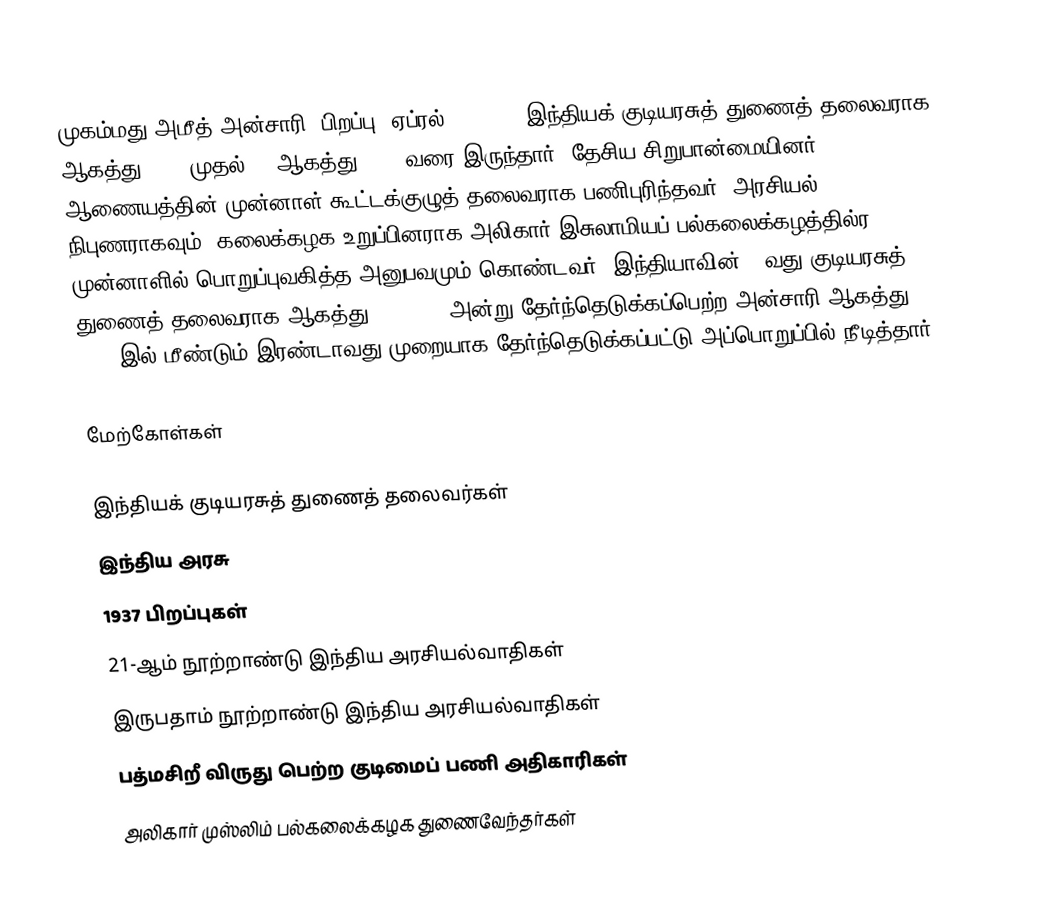
முகம்மது அமீத் அன்சாரி (பிறப்பு: ஏப்ரல் 1, 1934) இந்தியக் குடியரசுத் துணைத் தலைவராக 11 ஆகத்து 2007 முதல் 11 ஆகத்து 2017 வரை இருந்தார். தேசிய சிறுபான்மையினர் ஆணையத்தின் முன்னாள் கூட்டக்குழுத் தலைவராக பணிபுரிந்தவர். அரசியல் நிபுணராகவும், கலைக்கழக உறுப்பினராக அலிகார் இசுலாமியப் பல்கலைக்கழத்தில்ர முன்னாளில் பொறுப்புவகித்த அனுபவமும் கொண்டவர். இந்தியாவின் 12வது குடியரசுத் துணைத் தலைவராக ஆகத்து 11, 2007 அன்று தேர்ந்தெடுக்கப்பெற்ற அன்சாரி ஆகத்து 7, 2012 இல் மீண்டும் இரண்டாவது முறையாக தேர்ந்தெடுக்கப்பட்டு அப்பொறுப்பில் நீடித்தார்.

மேற்கோள்கள்

இந்தியக் குடியரசுத் துணைத் தலைவர்கள்
இந்திய அரசு
1937 பிறப்புகள்
21-ஆம் நூற்றாண்டு இந்திய அரசியல்வாதிகள்
இருபதாம் நூற்றாண்டு இந்திய அரசியல்வாதிகள்
பத்மசிறீ விருது பெற்ற குடிமைப் பணி அதிகாரிகள்
அலிகார் முஸ்லிம் பல்கலைக்கழக துணைவேந்தர்கள்